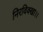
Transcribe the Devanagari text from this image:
निरविक्खा।।